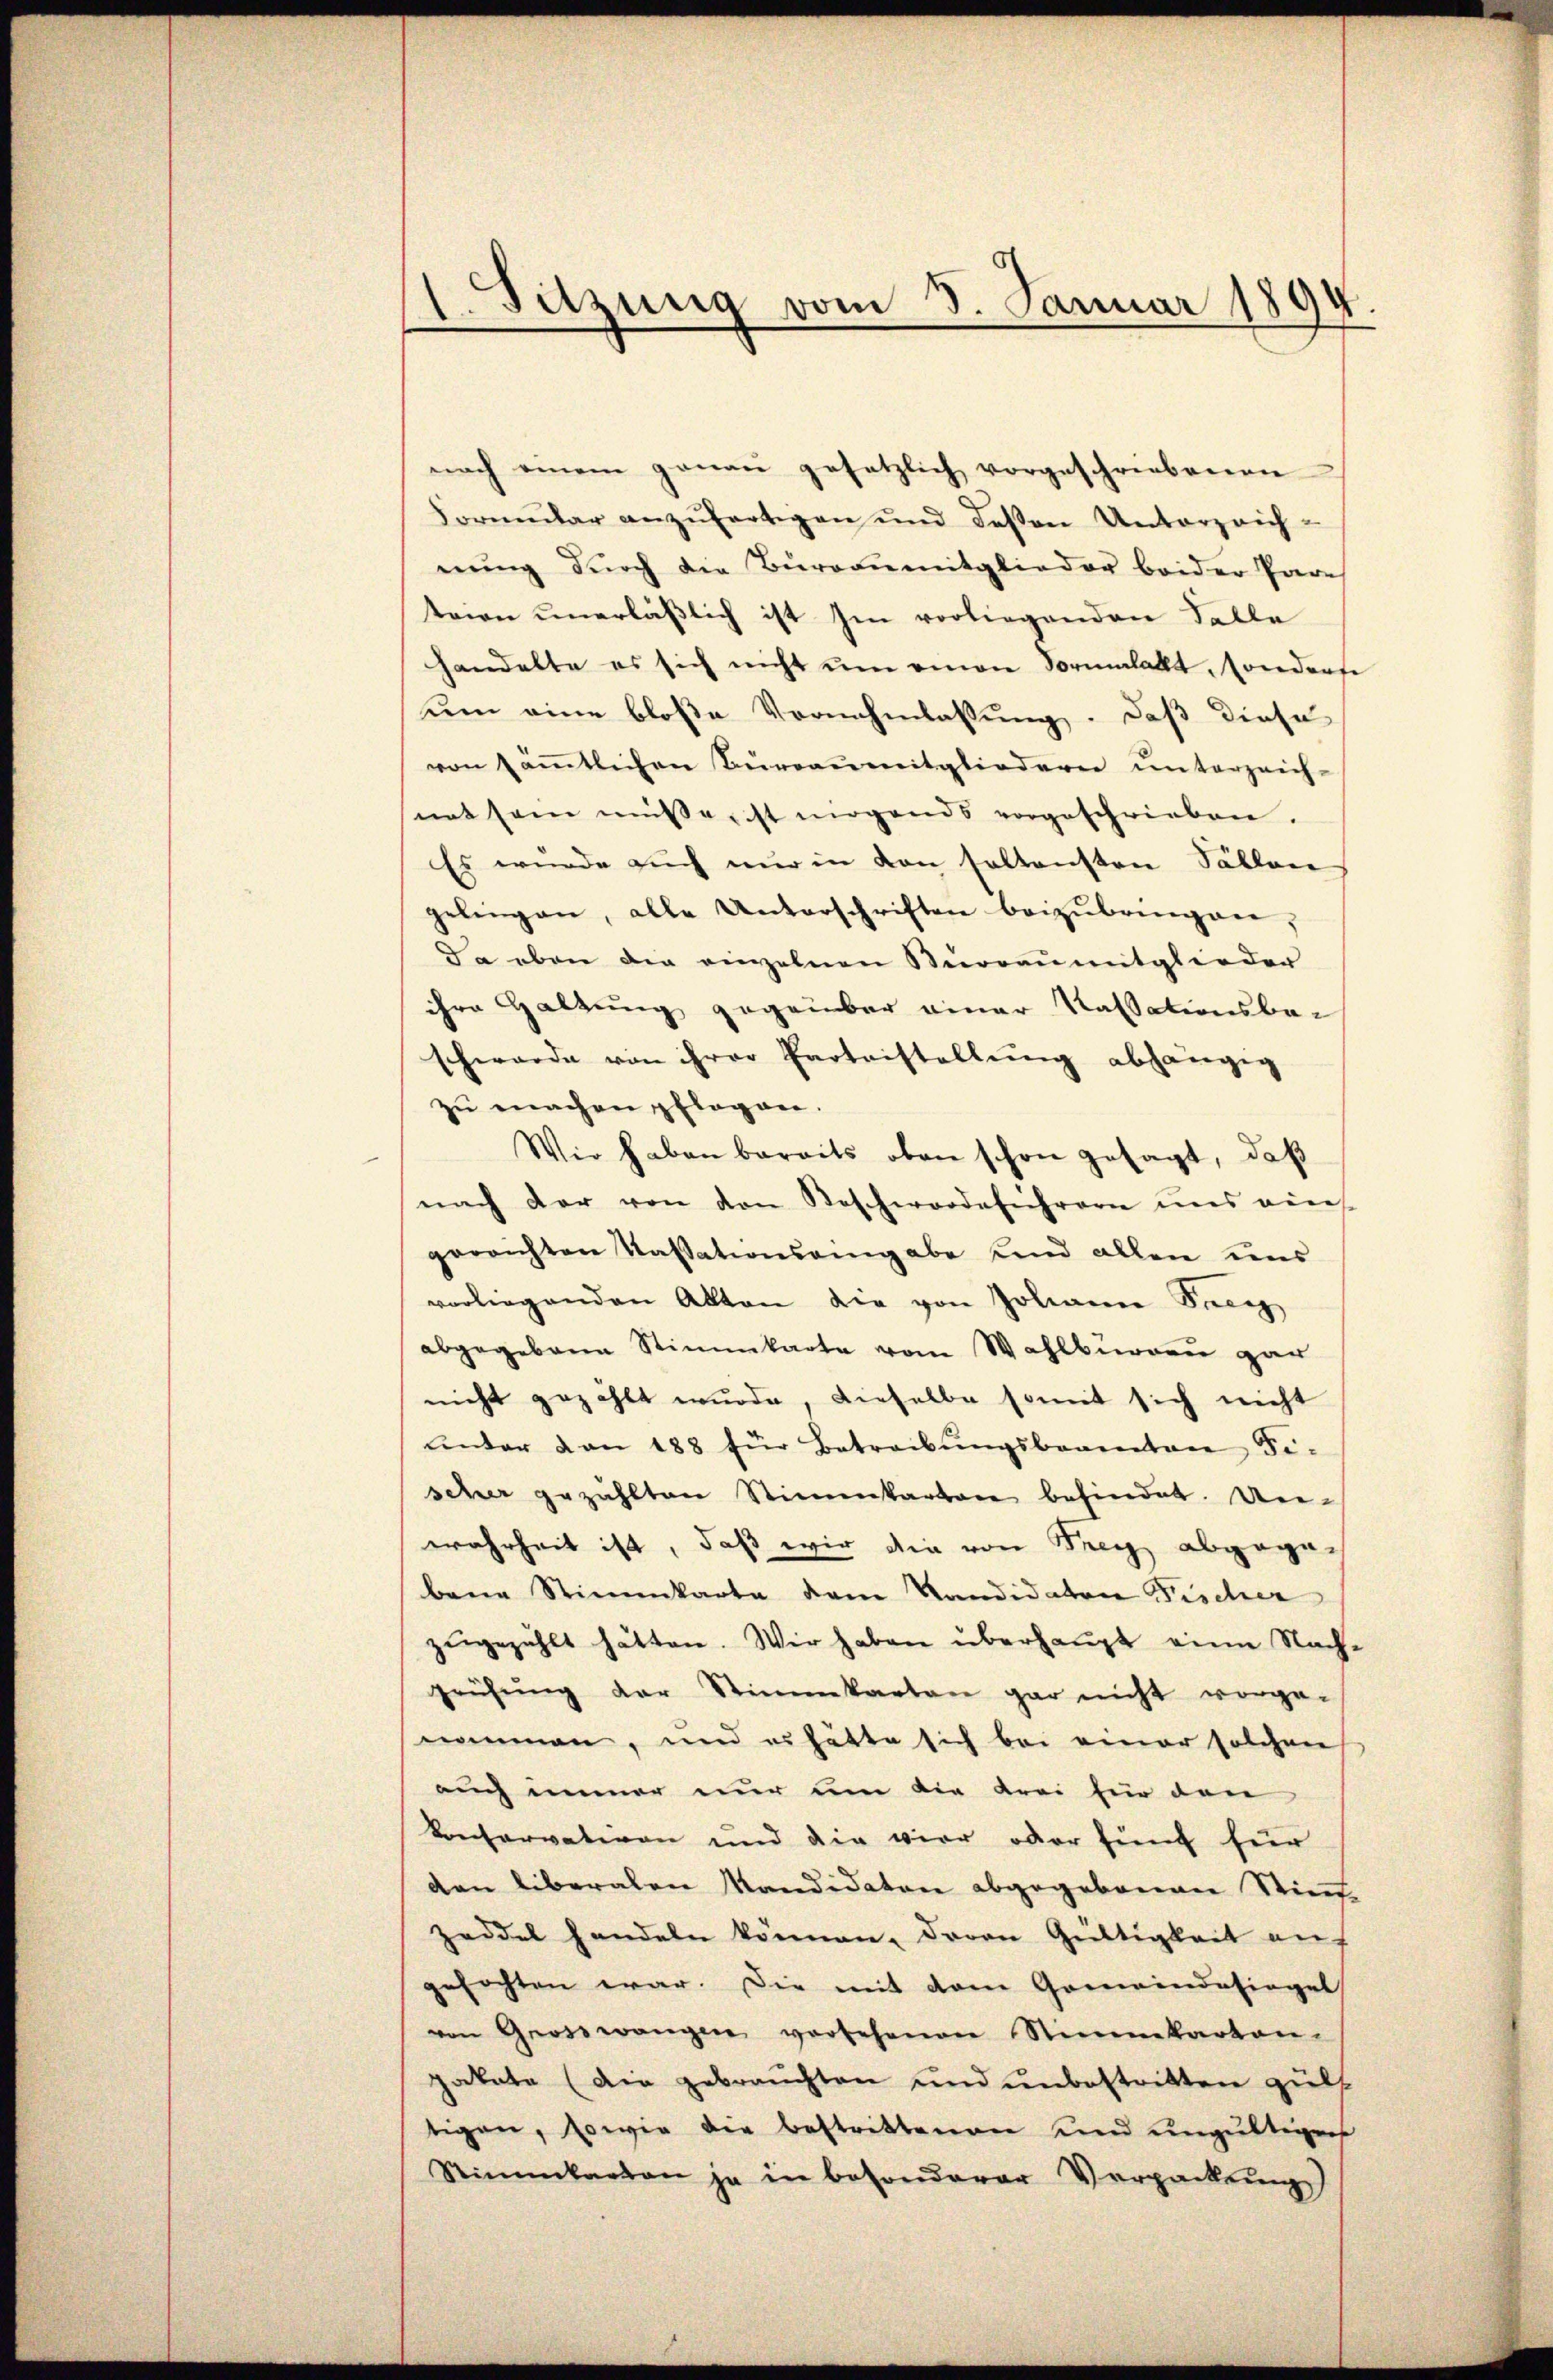
1. Sitzung vom 3. Januar 1894.

nach einem genau gesetzlich vorgeschriebenen
Formular anzufertigen und deßen Unterzeichnung durch die Burrenmitglieder beider Pare
teien unerläßlich ist hin vorliegenden Falle
handelte es sich nicht um einen Normalatt, sonderse
um eine bloße Vornehmlassung. Daß diese
von sämmtlichen Büreaumitgliedern unterzeich-
not sein müsserst mögends vorgeschrieben.
Es wurde auch nur in von soltensten Sallen
gelingen, alle Unterschriften beizubringen,
Da eben die einzelnen Büreaŭmitglieder
ihre Haltung gegenüber einer Kassationsbe-
schwerde von ihrer Protestellung abhängig
zŭ machen pflegen.
Wir haben bereits oben schon gesagt, daß
nach der von den Bescherordeführern uns ein
gerrichten Kassationsangabe und allen uns
vorliegenden Akten die von Johann Sac
abgegebene Stimmkarte vom Wahlburgen gar
nicht gezählt wurde, dieselbe somit sich nicht
ŭnter von 188 für Betreibŭngsbeamten Fi-
scher gezählten Stimmkarbare befindet. Un-
wahrheit ist, daß wir die von Frey abgegebene Stimmkarte dem Kandidaten Fischer
zŭgezählt hätten. Wir haben überhaupt eine Nach-
prüfŭng der Stimmkanton gar nicht vorge-
nommen, und er hätte sich bei einer solchen
auch immer nur um die drei für den
konservativen und die vier oder fünf für
den liberalen Mandidature abgegebenen Stief
zeddel handeln können, davon Gültigkeit auf
gefochten war. Die mit dem Gemeindesiegel
von Grosswangen versehenen Stimmkarten-
pakete (die gebrauchten und unbestritten gült
tigen, sowie die Bestrittenen und ungültigens
Stimmkarian ja in besonderer Verpackung